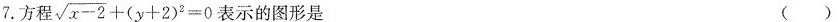
7.方程$$\sqrt { x - 2 } + ( y + 2 ) ^ { 2 } = 0$$ 表示的图形是 ( )